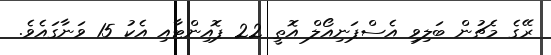
ރޭގެ މެޗުން ބަލިވި އެސްޕަނިއޯލް އޮތީ 22 ޕޮއިންޓާއި އެކު 15 ވަނާގައެވެ.